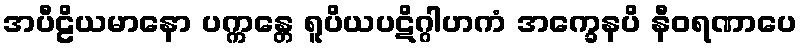
အပီဠိယမာနော ပက္ကန္တေ ရူပိယပဋိဂ္ဂါဟကံ အက္ခေနပိ နီဝရဏာပေ